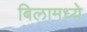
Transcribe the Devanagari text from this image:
बिलामध्ये